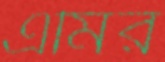
এমির